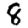
Digit: 8